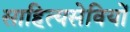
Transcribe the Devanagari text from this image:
साहित्यसेवियों